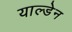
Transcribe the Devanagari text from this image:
याल्डेन